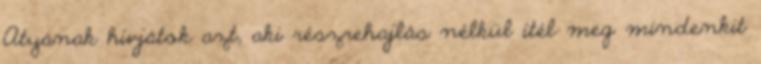
Atyának hívjátok azt, aki részrehajlás nélkül ítél meg mindenkit